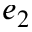
e _ { 2 }